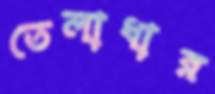
তেলাধার